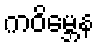
ကဝိမ္ဘေန